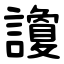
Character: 讂